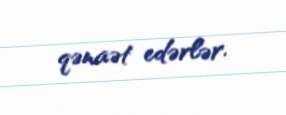
qənaət edərlər.